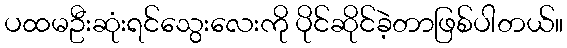
ပထမဦးဆုံးရင်သွေးလေးကို ပိုင်ဆိုင်ခဲ့တာဖြစ်ပါတယ်။